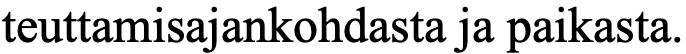
teuttamisajankohdasta ja paikasta.